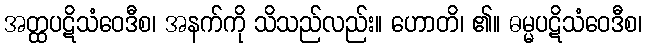
အတ္ထပဋိသံဝေဒီစ၊ အနက်ကို သိသည်လည်း။ ဟောတိ၊ ၏။ ဓမ္မပဋိသံဝေဒီစ၊